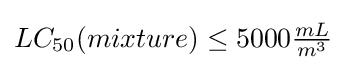
LC_{50}(mixture)\leq 5000{\tfrac {mL}{m^{3}}}